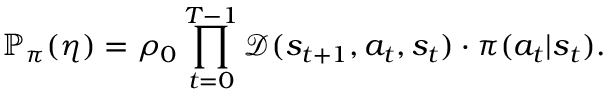
\mathbb P _ { \pi } ( \eta ) = \rho _ { 0 } \prod _ { t = 0 } ^ { T - 1 } \mathcal D ( s _ { t + 1 } , a _ { t } , s _ { t } ) \cdot \pi ( a _ { t } \vert s _ { t } ) .